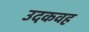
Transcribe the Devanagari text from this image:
उदकवह